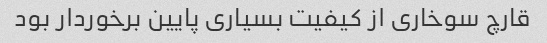
قارچ سوخاری از کیفیت بسیاری پایین برخوردار بود